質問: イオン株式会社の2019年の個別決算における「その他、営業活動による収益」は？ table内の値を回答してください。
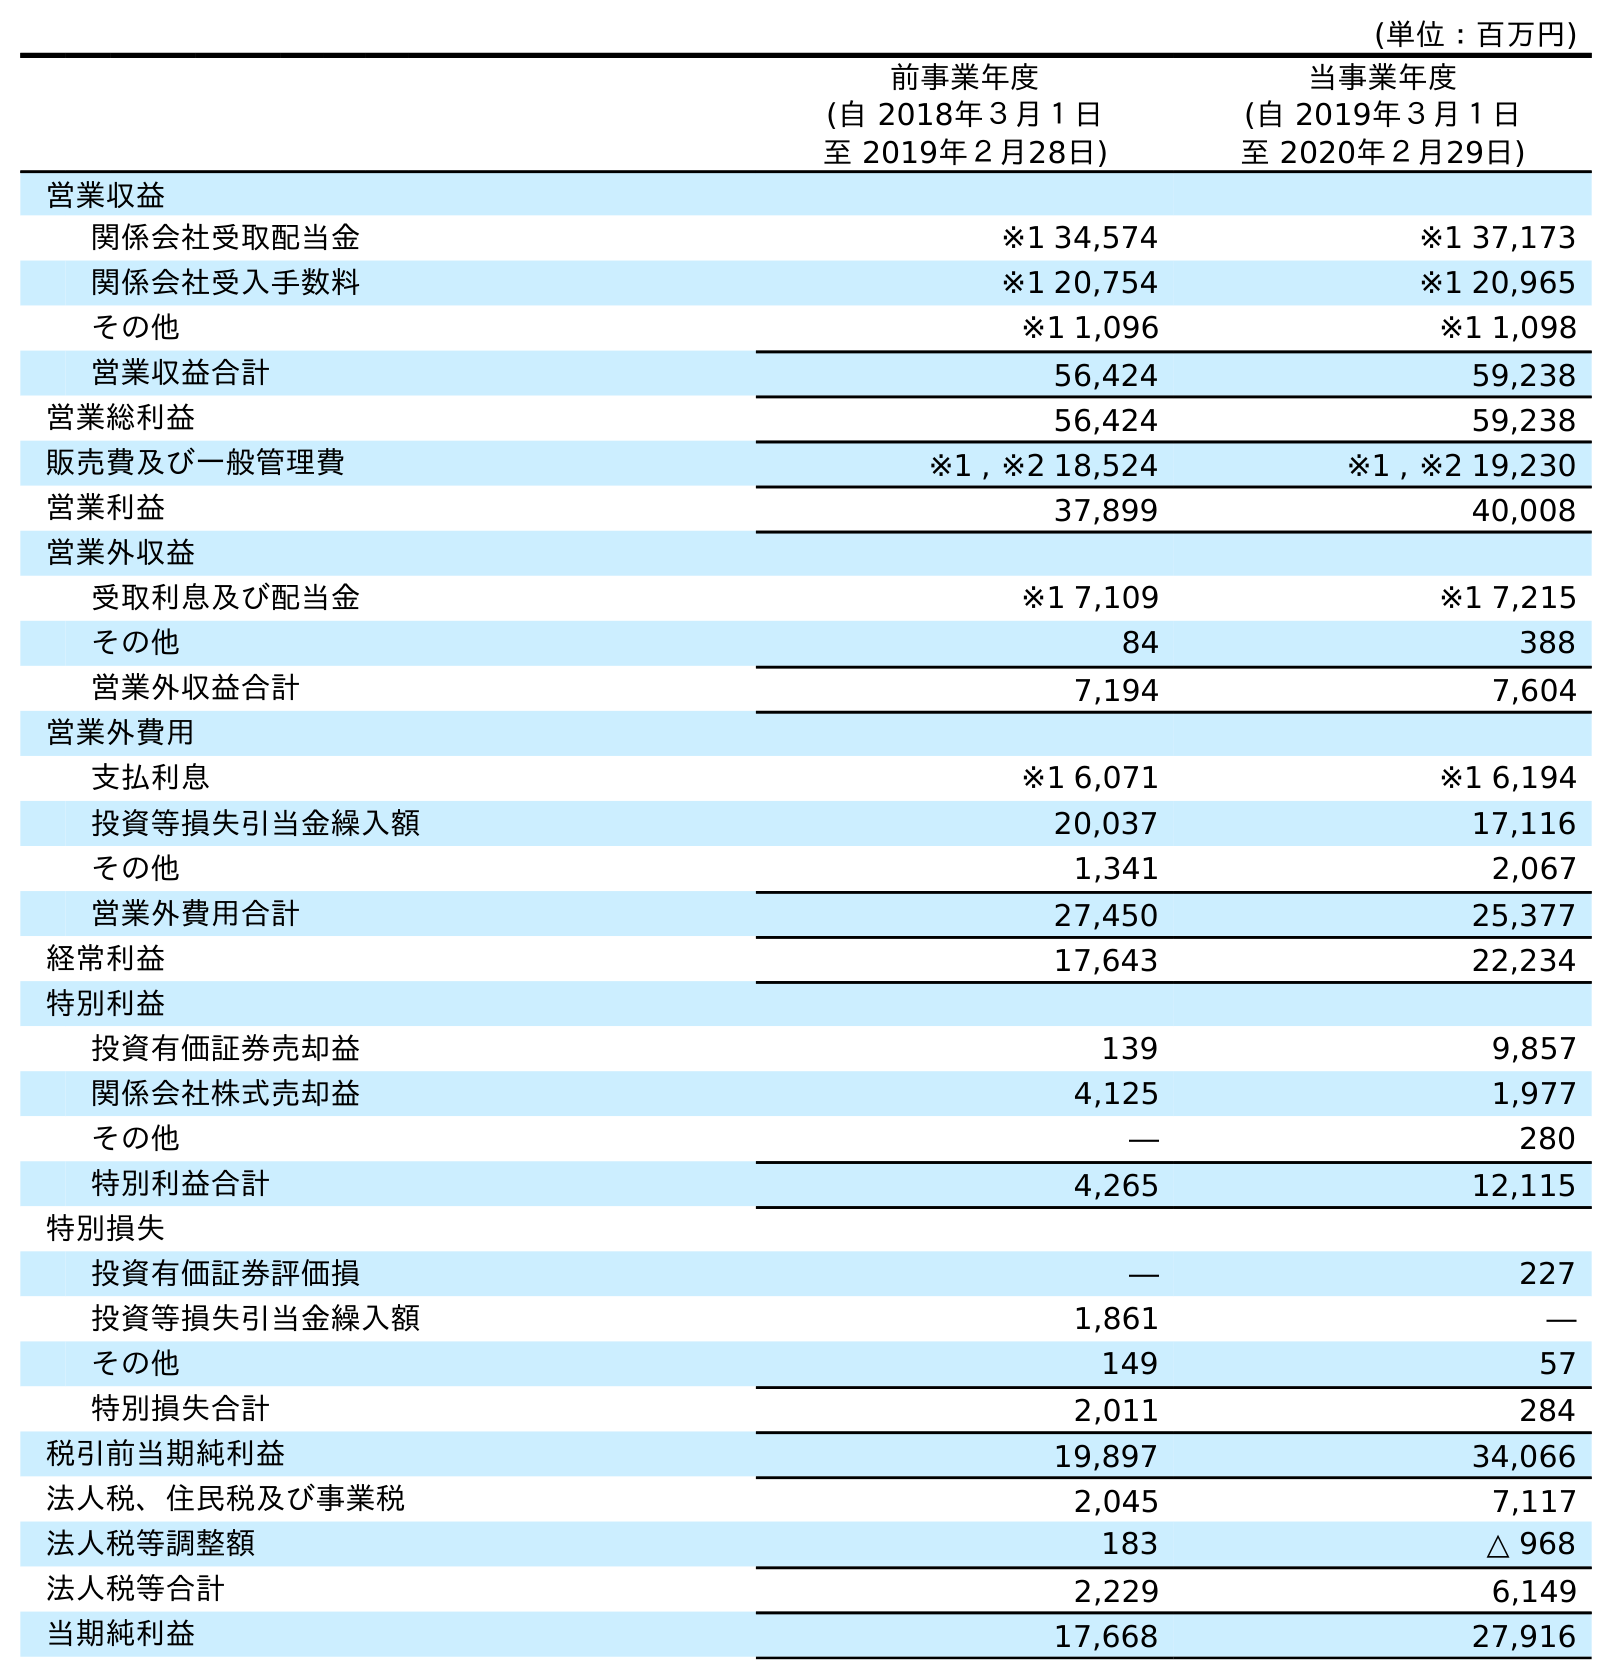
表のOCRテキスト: (単位：百万円) 前事業年度 (自 2018年３月１日 至 2019年２月28日) 当事業年度 (自 2019年３月１日 至 2020年２月29日) 営業収益 関係会社受取配当金 ※1 34,574 ※1 37,173 関係会社受入手数料 ※1 20,754 ※1 20,965 その他 ※1 1,096 ※1 1,098 営業収益合計 56,424 59,238 営業総利益 56,424 59,238 販売費及び一般管理費 ※1 , ※2 18,524 ※1 , ※2 19,230 営業利益 37,899 40,008 営業外収益 受取利息及び配当金 ※1 7,109 ※1 7,215 その他 84 388 営業外収益合計 7,194 7,604 営業外費用 支払利息 ※1 6,071 ※1 6,194 投資等損失引当金繰入額 20,037 17,116 その他 1,341 2,067 営業外費用合計 27,450 25,377 経常利益 17,643 22,234 特別利益 投資有価証券売却益 139 9,857 関係会社株式売却益 4,125 1,977 その他 ― 280 特別利益合計 4,265 12,115 特別損失 投資有価証券評価損 ― 227 投資等損失引当金繰入額 1,861 ― その他 149 57 特別損失合計 2,011 284 税引前当期純利益 19,897 34,066 法人税、住民税及び事業税 2,045 7,117 法人税等調整額 183 △ 968 法人税等合計 2,229 6,149 当期純利益 17,668 27,916
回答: ※11,096